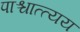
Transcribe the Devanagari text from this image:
पाश्चात्त्यय